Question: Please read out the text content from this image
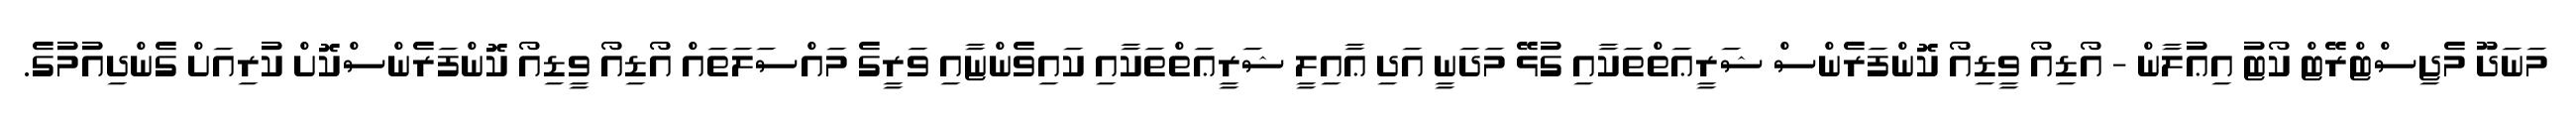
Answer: މަނަދޫ މެޖިސްޓްރޭޓް ކޯޓު އިޢުލާން - އޯޑިއޯ ވީޑިއޯ ކޮންފަރެންސް ޝަރީޢަތްތަކާއި ގުޅޭ މަދަނީ އަދި ޢާއިލީ ޝަރީޢަތްތަކާއި ކައިވެންޏާއި ވަރީގެ މައްސަލަތައް އޯޑިއޯ ވީޑިއޯ ކޮންފަރެންސްކޮށް ކުރިއަށް ގެންދިއުމުގެ.